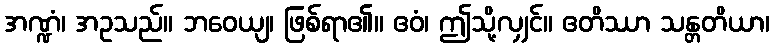
အဏ္ဍံ၊ အဥသည်။ ဘဝေယျ၊ ဖြစ်ရာ၏။ ဧဝံ၊ ဤသို့လျှင်။ ဧတိဿာ သန္တတိယာ၊